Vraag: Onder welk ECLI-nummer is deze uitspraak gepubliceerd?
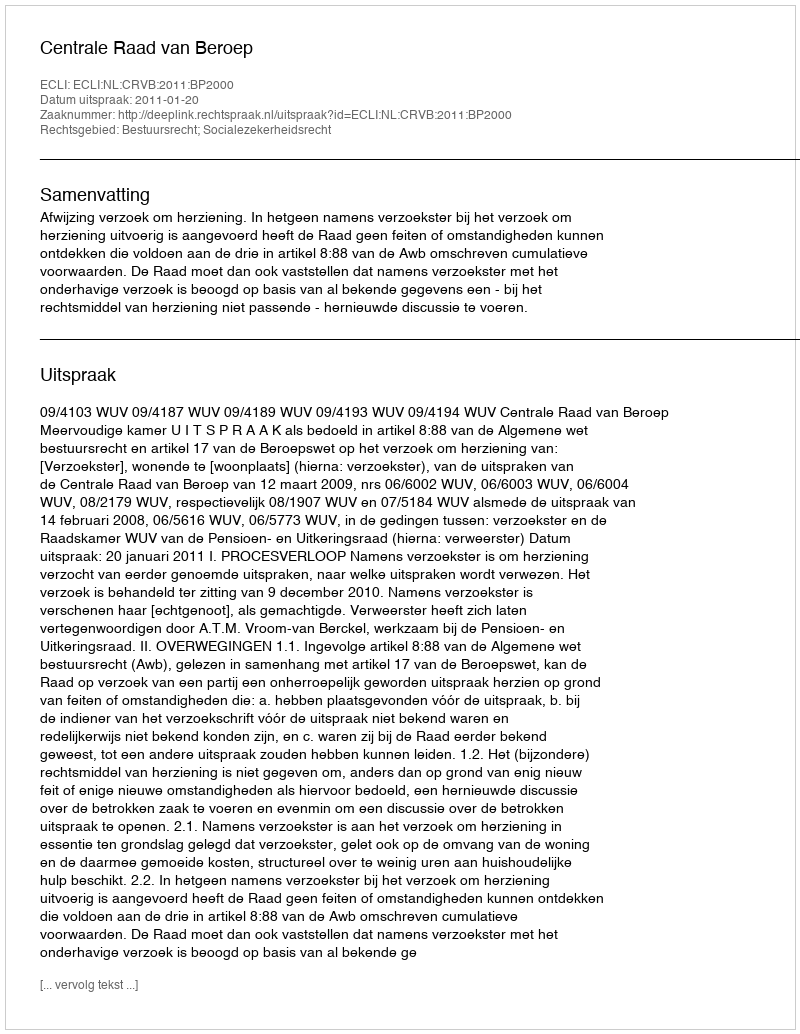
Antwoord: ECLI:NL:CRVB:2011:BP2000